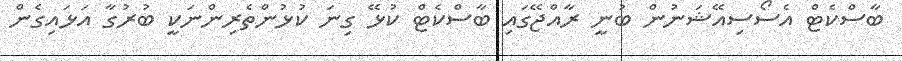
ބާސްކެޓް އެސޯސިއޭޝަނުން ބުނީ ރާއްޖޭގައި ބާސްކެޓް ކުޅޭ ގިނަ ކުޅުންތެރިންނަކީ ބުރުގާ އަޅައިގެން